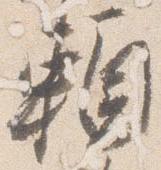
頼